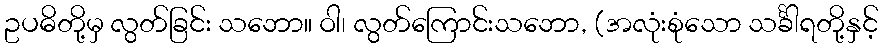
ဥပဓိတို့မှ လွတ်ခြင်း သဘော။ ဝါ၊ လွတ်ကြောင်းသဘော, (အလုံးစုံသော သင်္ခါရတို့နှင့်